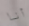
أنا